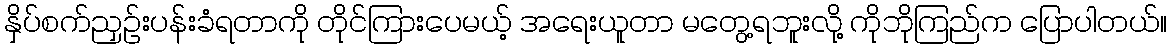
နှိပ်စက်ညှဉ်းပန်းခံရတာကို တိုင်ကြားပေမယ့် အရေးယူတာ မတွေ့ရဘူးလို့ ကိုဘိုကြည်က ပြောပါတယ်။